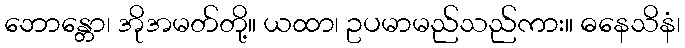
ဘောန္တော၊ အိုအမတ်တို့။ ယထာ၊ ဥပမာမည်သည်ကား။ ဓနေသိနံ၊